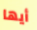
أيها